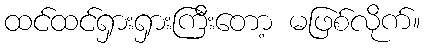
ထင်ထင်ရှားရှားကြီးတော့ မဖြစ်လိုက်။